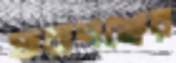
ফরাশঞ্জের